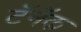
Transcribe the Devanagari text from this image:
टॅनॅक